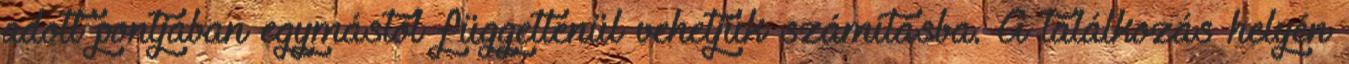
adott pontjában egymástól függetlenül vehetjük számításba. A találkozás helyén